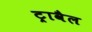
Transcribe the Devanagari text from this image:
ट्रावैल